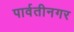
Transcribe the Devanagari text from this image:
पार्वतीनगर